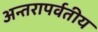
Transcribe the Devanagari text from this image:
अन्तरापर्वतीय